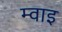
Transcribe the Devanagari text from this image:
म्वाइ